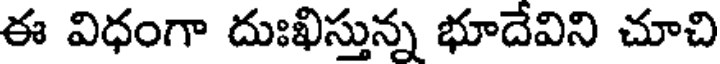
ఈ విధంగా దుఃఖిస్తున్న భూదేవిని చూచి